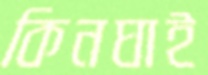
কিনঘাই